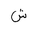
Letter: _shin